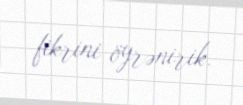
fikrini öyrənirik.